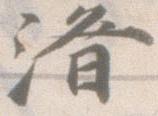
済